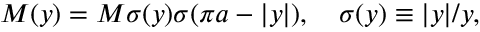
M ( y ) = M \sigma ( y ) \sigma ( \pi a - | y | ) , \quad \sigma ( y ) \equiv | y | / y ,